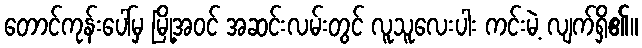
တောင်ကုန်းပေါ်မှ မြို့အဝင် အဆင်းလမ်းတွင် လူသူလေးပါး ကင်းမဲ့ လျက်ရှိ၏။